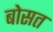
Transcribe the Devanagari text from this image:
बोसत